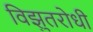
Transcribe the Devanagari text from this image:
विझुतरोधी